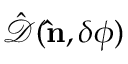
\hat { \mathcal { D } } ( { \bf \hat { n } } , \delta \phi )